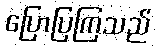
ပြောပြကြသည်